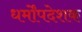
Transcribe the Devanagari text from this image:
धर्मोंपदेशक